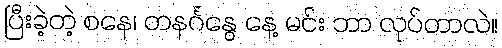
ပြီးခဲ့တဲ့ စနေ၊ တနင်္ဂနွေ နေ့ မင်း ဘာ လုပ်တာလဲ။